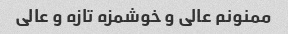
ممنونم عالی و خوشمزه تازه و عالی